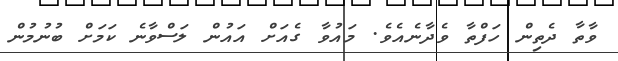
ވާތާ ދެތިން ހަފްތާ ވެދާނެއެވެ. މައުވާ ގެއަށް އައުން ލަސްވާނެ ކަމަށް ބުނުމުން